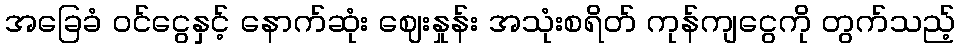
အခြေခံ ဝင်ငွေနှင့် နောက်ဆုံး ဈေးနှုန်း အသုံးစရိတ် ကုန်ကျငွေကို တွက်သည့်